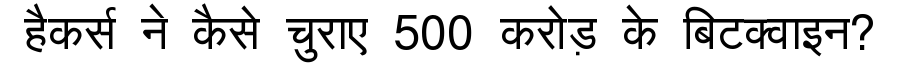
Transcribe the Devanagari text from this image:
हैकर्स ने कैसे चुराए 500 करोड़ के बिटक्वाइन?